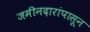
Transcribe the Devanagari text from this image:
जमीनदारांपासून